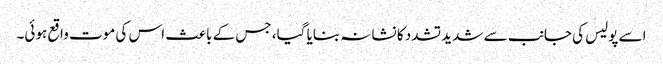
اسے پولیس کی جانب سے شدید تشدد کا نشانہ بنایا گیا، جس کے باعث اس کی موت واقع ہوئی۔